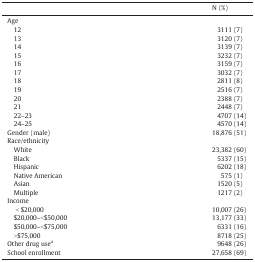
<table><thead><tr><td></td><td><b>N (%)</b></td></tr></thead><tbody><tr><td>Age</td><td></td></tr><tr><td> 12</td><td>3111 (7)</td></tr><tr><td> 13</td><td>3120 (7)</td></tr><tr><td> 14</td><td>3139 (7)</td></tr><tr><td> 15</td><td>3232 (7)</td></tr><tr><td> 16</td><td>3159 (7)</td></tr><tr><td> 17</td><td>3032 (7)</td></tr><tr><td> 18</td><td>2811 (8)</td></tr><tr><td> 19</td><td>2516 (7)</td></tr><tr><td> 20</td><td>2388 (7)</td></tr><tr><td> 21</td><td>2448 (7)</td></tr><tr><td> 22–23</td><td>4707 (14)</td></tr><tr><td> 24–25</td><td>4570 (14)</td></tr><tr><td>Gender (male)</td><td>18,876 (51)</td></tr><tr><td>Race/ethnicity</td><td></td></tr><tr><td> White</td><td>23,382 (60)</td></tr><tr><td> Black</td><td>5337 (15)</td></tr><tr><td> Hispanic</td><td>6202 (18)</td></tr><tr><td> Native American</td><td>575 (1)</td></tr><tr><td> Asian</td><td>1520 (5)</td></tr><tr><td> Multiple</td><td>1217 (2)</td></tr><tr><td>Income</td><td></td></tr><tr><td>&lt; $20,000</td><td>10,007 (26)</td></tr><tr><td> $20,000–&lt;$50,000</td><td>13,177 (33)</td></tr><tr><td> $50,000–&lt;$75,000</td><td>6331 (16)</td></tr><tr><td> &gt;$75,000</td><td>8718 (25)</td></tr><tr><td>Other drug usea</td><td>9648 (26)</td></tr><tr><td>School enrollment</td><td>27,658 (69)</td></tr></tbody></table>